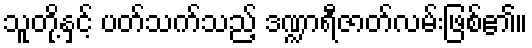
သူတို့နှင့် ပတ်သက်သည့် ဒဏ္ဍာရီဇာတ်လမ်းဖြစ်၏။